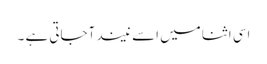
اسی اثنا میں اسے نیند آجاتی ہے ۔